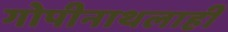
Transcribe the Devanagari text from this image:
गोपीनाथलाही